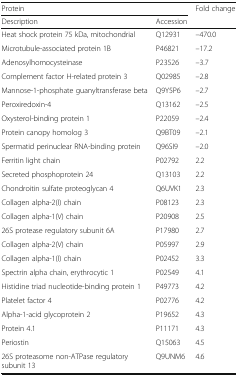
<table><thead><tr><td colspan="2"><b>Protein</b></td><td rowspan="2"><b>Fold change</b></td></tr><tr><td><b>Description</b></td><td><b>Accession</b></td></tr></thead><tbody><tr><td>Heat shock protein 75 kDa, mitochondrial</td><td>Q12931</td><td>–470.0</td></tr><tr><td>Microtubule-associated protein 1B</td><td>P46821</td><td>–17.2</td></tr><tr><td>Adenosylhomocysteinase</td><td>P23526</td><td>–3.7</td></tr><tr><td>Complement factor H-related protein 3</td><td>Q02985</td><td>–2.8</td></tr><tr><td>Mannose-1-phosphate guanyltransferase beta</td><td>Q9Y5P6</td><td>–2.7</td></tr><tr><td>Peroxiredoxin-4</td><td>Q13162</td><td>–2.5</td></tr><tr><td>Oxysterol-binding protein 1</td><td>P22059</td><td>–2.4</td></tr><tr><td>Protein canopy homolog 3</td><td>Q9BT09</td><td>–2.1</td></tr><tr><td>Spermatid perinuclear RNA-binding protein</td><td>Q96SI9</td><td>–2.0</td></tr><tr><td>Ferritin light chain</td><td>P02792</td><td>2.2</td></tr><tr><td>Secreted phosphoprotein 24</td><td>Q13103</td><td>2.2</td></tr><tr><td>Chondroitin sulfate proteoglycan 4</td><td>Q6UVK1</td><td>2.3</td></tr><tr><td>Collagen alpha-2(I) chain</td><td>P08123</td><td>2.3</td></tr><tr><td>Collagen alpha-1(V) chain</td><td>P20908</td><td>2.5</td></tr><tr><td>26S protease regulatory subunit 6A</td><td>P17980</td><td>2.7</td></tr><tr><td>Collagen alpha-2(V) chain</td><td>P05997</td><td>2.9</td></tr><tr><td>Collagen alpha-1(I) chain</td><td>P02452</td><td>3.3</td></tr><tr><td>Spectrin alpha chain, erythrocytic 1</td><td>P02549</td><td>4.1</td></tr><tr><td>Histidine triad nucleotide-binding protein 1</td><td>P49773</td><td>4.2</td></tr><tr><td>Platelet factor 4</td><td>P02776</td><td>4.2</td></tr><tr><td>Alpha-1-acid glycoprotein 2</td><td>P19652</td><td>4.3</td></tr><tr><td>Protein 4.1</td><td>P11171</td><td>4.3</td></tr><tr><td>Periostin</td><td>Q15063</td><td>4.5</td></tr><tr><td>26S proteasome non-ATPase regulatory subunit 13</td><td>Q9UNM6</td><td>4.6</td></tr></tbody></table>